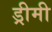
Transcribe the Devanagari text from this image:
ड्रीमी